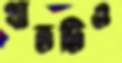
খাতটিও